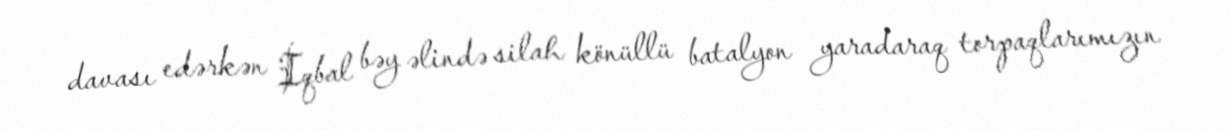
davası edərkən İqbal bəy əlində silah könüllü batalyon yaradaraq torpaqlarımızın